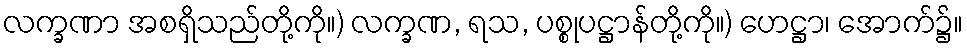
လက္ခဏာ အစရှိသည်တို့ကို။) လက္ခဏ, ရသ, ပစ္စုပဋ္ဌာန်တို့ကို။) ဟေဋ္ဌာ၊ အောက်၌။